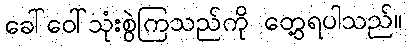
ခေါ်ဝေါ်သုံးစွဲကြသည်ကို တွေ့ရပါသည်။